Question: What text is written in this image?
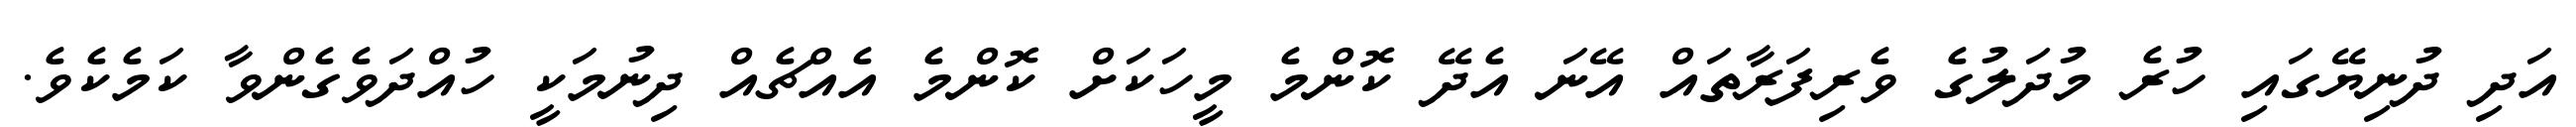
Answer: އަދި ދުނިޔޭގައި ހުރެ މުދަލުގެ ވެރިފަރާތައް އޭނަ އެދޭ ކޮންމެ މީހަކަށް ކޮންމެ އެއްޗެއް ދިނުމަކީ ހުއްދަވެގެންވާ ކަމެކެވެ.